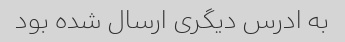
به ادرس دیگری ارسال شده بود